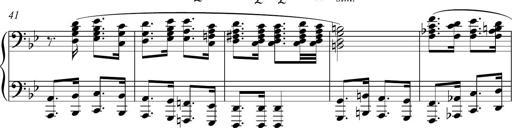
Title: Funeral March and Sonatina
Composer: Thomas Hellemans
Key: C-sharp minor